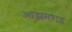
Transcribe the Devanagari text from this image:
आझमगड